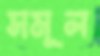
সমূল